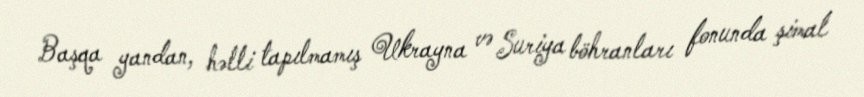
Başqa yandan, həlli tapılmamış Ukrayna və Suriya böhranları fonunda şimal